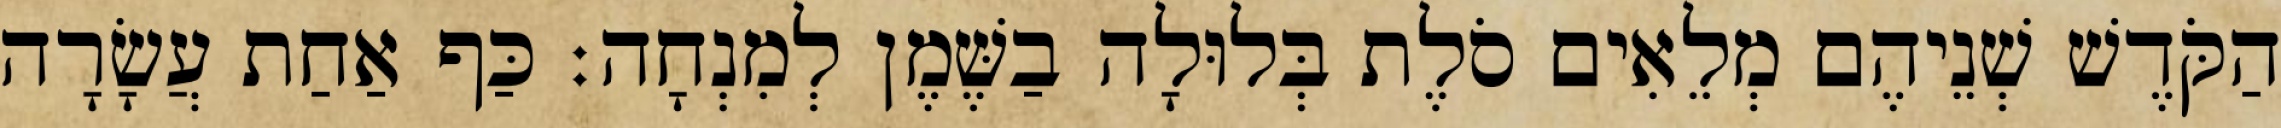
הַקֹּדֶשׁ שְׁנֵיהֶם מְלֵאִים סֹלֶת בְּלוּלָה בַשֶּׁמֶן לְמִנְחָה׃ כַּף אַחַת עֲשָׂרָה